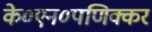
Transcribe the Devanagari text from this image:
के०एन०पणिक्कर